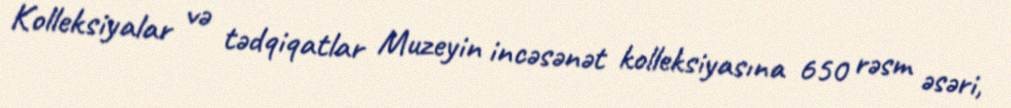
Kolleksiyalar və tədqiqatlar Muzeyin incəsənət kolleksiyasına 650 rəsm əsəri,